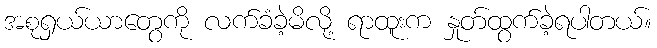
အစုရှယ်ယာတွေကို လက်ခံခဲ့မိလို့ ရာထူးက နှုတ်ထွက်ခဲ့ရပါတယ်။